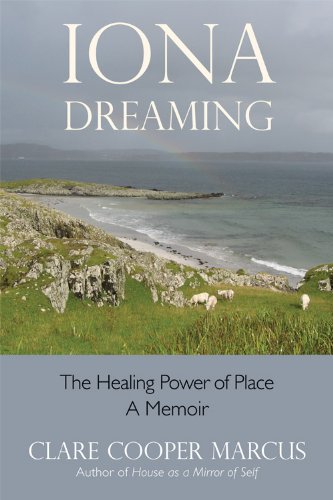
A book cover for Iona Dreaming: The Healing Power of Place; Clare Cooper Marcus; Sports & Outdoors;